Indian Medical Review
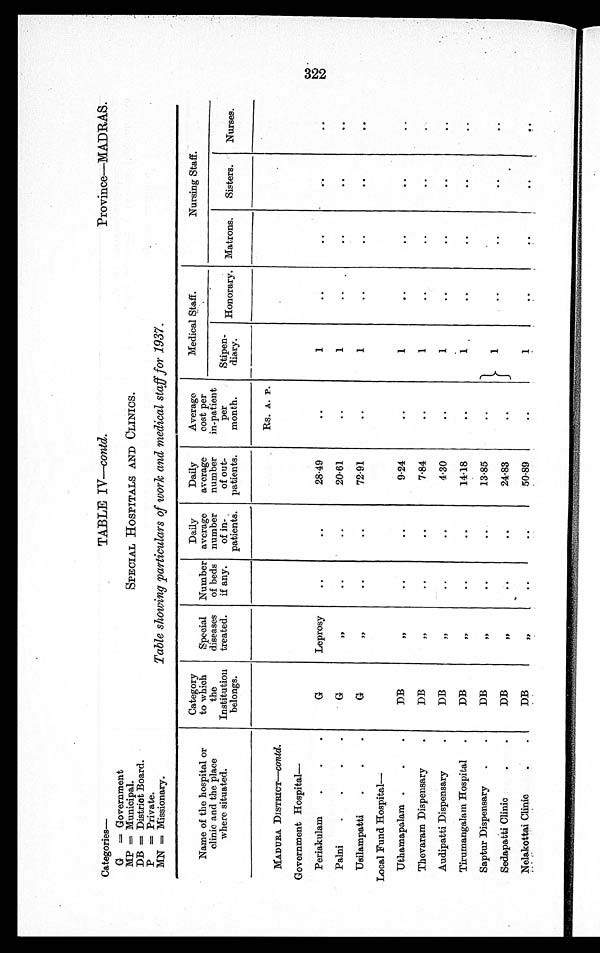
Categories—
TABLE IV—contd.
Province—MADRAS.
G = Government
MP = Municipal.
DB = District Board.
P = Private.
SPECIAL HOSPITALS AND CLINICS.
MN = Missionary.
Table showing particulars of work and medical staff for 1937.
Name of the hospital or
clinic and the place
where situated.
Category
to which
the
Institution
belongs.
Special
diseases
treated.
Number
of beds
if any.
Daily
average
number
of in-
patients.
Daily
average
number
of out-
patients.
Average
cost per
in-patient
per
month.
Medical Staff.
Nursing Staff.
Stipen- -
diary. Honorary. Matrons. Sisters.
Nurses.
MADURA DISTRICT— contd.
Rs. A. P.
Government Hospital-
Periakulam
G
Leprosy
..
..
28·4
..
1
..
..
..
. .
Palni
G
„
. .
. .
20·61
..
1
..
..
..
. .
Usilampatti
G
„ ..
..
72·91
..
1
..
..
. .
. .
Local Fund Hospital—
Uthamapalam
DB
„
. .
. .
9·24
..
1
..
. . ..
. .
Thevaram Dispensary
DB
„
. .
. .
7·84
..
1
. .
..
. .
..
Audipatti Dispensary
DB
„
. .
. .
4·30
. .
1
..
..
..
. .
Tirumangalam Hospital
DB
„ ..
. .
14·18
. .
1
. .
..
..
..
Saptur Dispensary
DB
„
. .
. .
13·85
..
1
. .
. .
. .
. .
Sedapatti Clinic
DB
„ ..
. .
24·83
..
Nelakottai Clinic
D B
„ . .
. .
50·89
. .
1
..
..
. .
. .